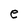
Character: e